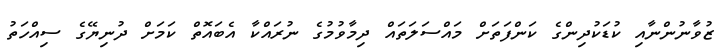
ޒުވާނުންނާއި ކުޑަކުދިންގެ ކަންފަތަށް މައްސަލަތައް ދިމާވުމުގެ ނުރައްކާ އެބައޮތް ކަމަށް ދުނިޔޭގެ ސިއްހަތު